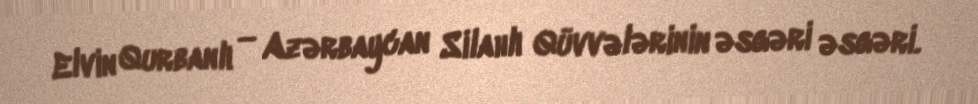
Elvin Qurbanlı — Azərbaycan Silahlı Qüvvələrinin əsgəri əsgəri.